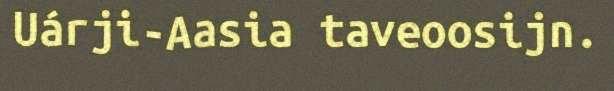
Uárji-Aasia taveoosijn.